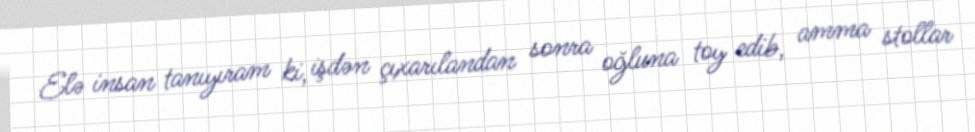
Elə insan tanıyıram ki, işdən çıxarılandan sonra oğluna toy edib, amma stollar